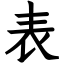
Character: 表